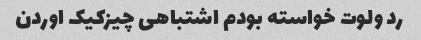
رد ولوت خواسته بودم اشتباهی چیزکیک اوردن